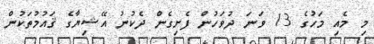
މި މެއި މަހުގެ 13 ވަނަ ދުވަހުން ފެށިގެން ދެކުނު އޭޝިޔާގެ ޤައުމުތަކުން